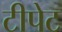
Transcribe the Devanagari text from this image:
टीपेट